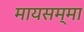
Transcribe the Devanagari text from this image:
मायसम्मा